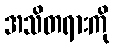
အသိတရားကို